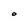
Character: 0